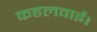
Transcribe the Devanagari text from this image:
कहलवाई।